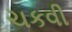
ચકવી